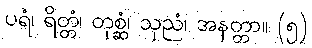
ပရံ၊ ရိတ္တံ၊ တုစ္ဆံ၊ သုညံ၊ အနတ္တာ။ (၅)